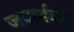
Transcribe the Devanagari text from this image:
जनार्थनन